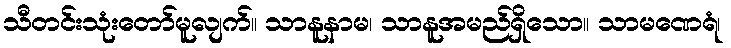
သီတင်းသုံးတော်မူလျက်။ သာနူနာမ၊ သာနူအမည်ရှိသော။ သာမဏေရံ၊